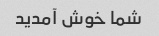
شما خوش آمدید